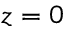
z = 0